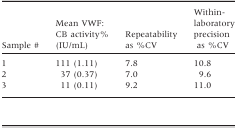
<table><thead><tr><td><b>Sample #</b></td><td><b>Mean VWF:CB activity% (IU/mL)</b></td><td><b>Repeatability as %CV</b></td><td><b>Within-laboratory precision as %CV</b></td></tr></thead><tbody><tr><td>1</td><td>111 (1.11)</td><td>7.8</td><td>10.8</td></tr><tr><td>2</td><td>37 (0.37)</td><td>7.0</td><td>9.6</td></tr><tr><td>3</td><td>11 (0.11)</td><td>9.2</td><td>11.0</td></tr></tbody></table>